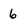
Character: 6